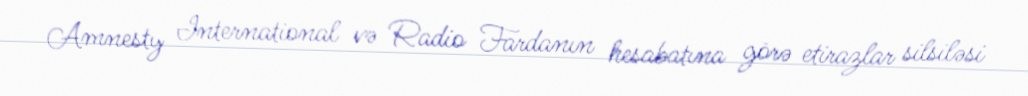
Amnesty International və Radio Fardanın hesabatına görə etirazlar silsiləsi